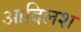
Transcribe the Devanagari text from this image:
आदिलश